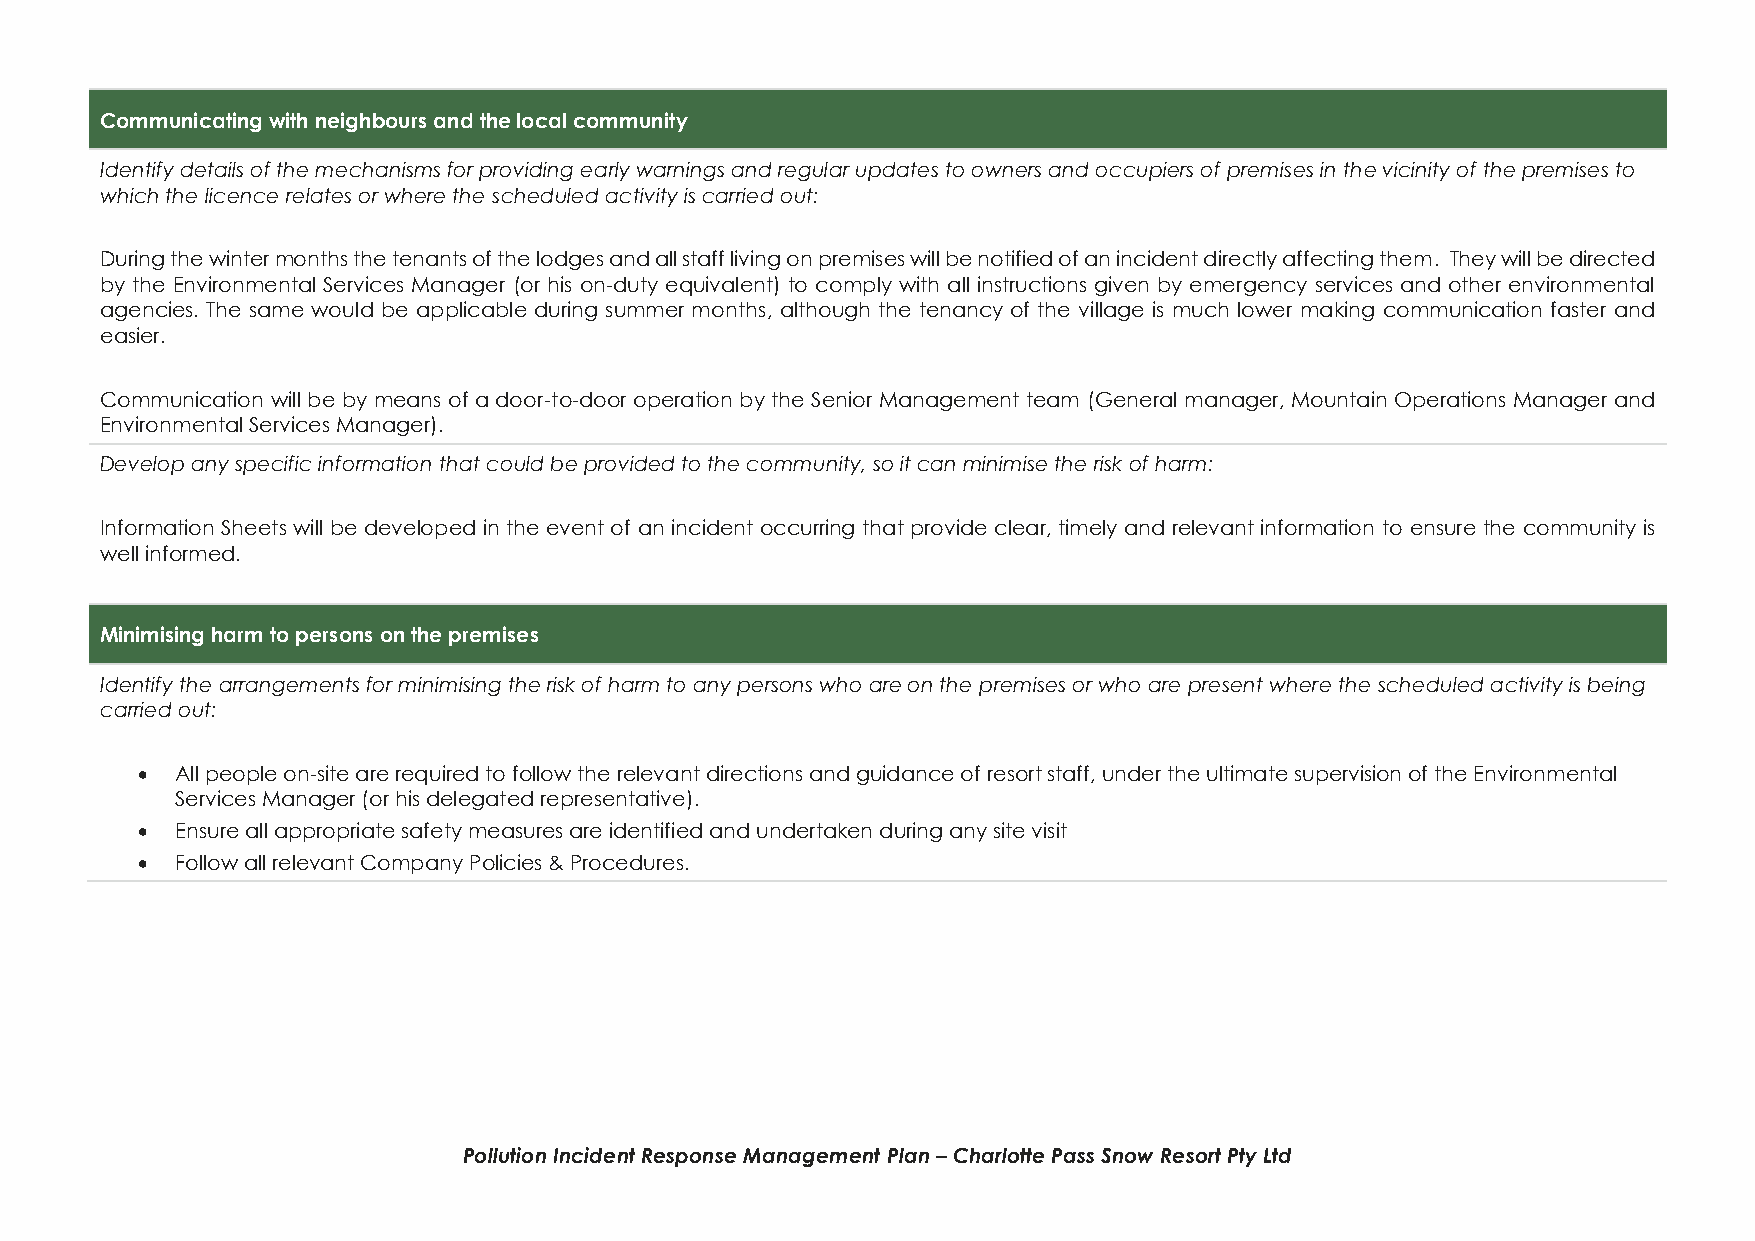
Communicating with neighbours and the local community
 Identify details of the mechanisms for providing early warnings and regular updates to owners and occupiers of premises in the vicinity of the premises to
 which the licence relates or where the scheduled activity is carried out:
 During the winter months the tenants of the lodges and all staff living on premises will be notified of an incident directly affecting them. They will be directed
 by the Environmental Services Manager (or his on-duty equivalent) to comply with all instructions given by emergency services and other environmental
 agencies. The same would be applicable during summer months, although the tenancy of the village is much lower making communication faster and
 easier.
 Communication will be by means of a door-to-door operation by the Senior Management team (General manager, Mountain Operations Manager and
 Environmental Services Manager).
 Develop any specific information that could be provided to the community, so it can minimise the risk of harm:
 Information Sheets will be developed in the event of an incident occurring that provide clear, timely and relevant information to ensure the community is
 well informed.
 Minimising harm to persons on the premises
 Identify the arrangements for minimising the risk of harm to any persons who are on the premises or who are present where the scheduled activity is being
 carried out:
 •  All people on-site are required to follow the relevant directions and guidance of resort staff, under the ultimate supervision of the Environmental
 Services Manager (or his delegated representative).
 •  Ensure all appropriate safety measures are identified and undertaken during any site visit
 •  Follow all relevant Company Policies & Procedures.
 Pollution Incident Response Management Plan – Charlotte Pass Snow Resort Pty Ltd